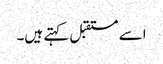
اسے مستقبل کہتے ہیں۔